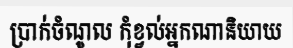
ប្រាក់ចំណូល កុំខ្វល់អ្នកណានិយាយ